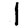
Digit: 1